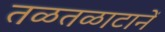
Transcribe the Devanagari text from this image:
तळतळाटानें